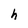
Character: h